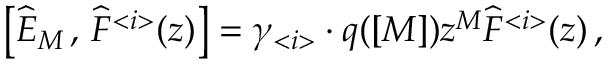
\left[ \widehat { E } _ { M } \, , \, \widehat { F } ^ { < i > } ( z ) \right] = \gamma _ { < i > } \cdot q ( [ M ] ) z ^ { M } \widehat { F } ^ { < i > } ( z ) \, ,